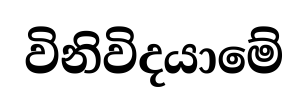
විනිවිදයාමේ